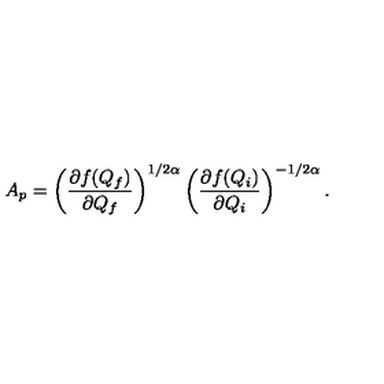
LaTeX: A _ { p } = \left( \frac { \partial f ( Q _ { f } ) } { \partial Q _ { f } } \right) ^ { 1 / 2 \alpha } \left( \frac { \partial f ( Q _ { i } ) } { \partial Q _ { i } } \right) ^ { - 1 / 2 \alpha } .